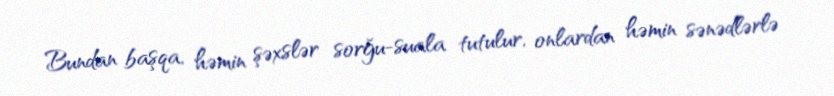
Bundan başqa, həmin şəxslər sorğu-suala tutulur, onlardan həmin sənədlərlə